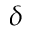
\delta